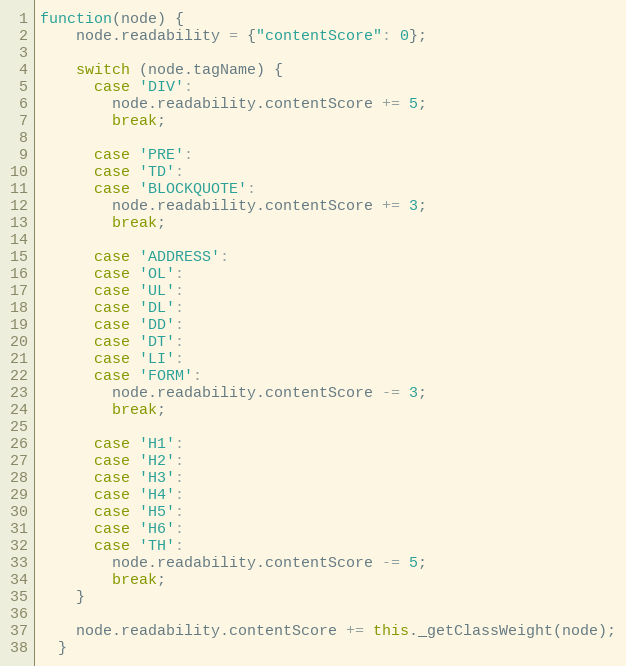
Language: JavaScript
function(node) {
    node.readability = {"contentScore": 0};

    switch (node.tagName) {
      case 'DIV':
        node.readability.contentScore += 5;
        break;

      case 'PRE':
      case 'TD':
      case 'BLOCKQUOTE':
        node.readability.contentScore += 3;
        break;

      case 'ADDRESS':
      case 'OL':
      case 'UL':
      case 'DL':
      case 'DD':
      case 'DT':
      case 'LI':
      case 'FORM':
        node.readability.contentScore -= 3;
        break;

      case 'H1':
      case 'H2':
      case 'H3':
      case 'H4':
      case 'H5':
      case 'H6':
      case 'TH':
        node.readability.contentScore -= 5;
        break;
    }

    node.readability.contentScore += this._getClassWeight(node);
  }